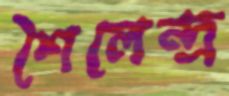
শৈলেন্দ্র